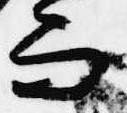
而